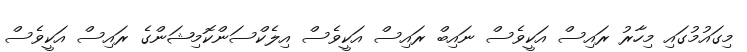
މިގައުމުގައި މިހާރު ރައިސް އަކީވެސް ނައިބް ރައިސް އަކީވެސް އިލެކްސަންކޮމިޝަންގެ ރައިސް އަކީވެސް